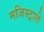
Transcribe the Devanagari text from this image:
मजिस्ट्राले